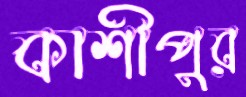
কাশীপুর